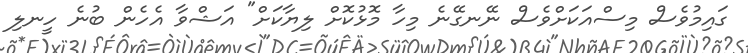
ގައިމުވެސް މިސްއަކަށްވެސް ނޭނގޭނެ މިހާ މޮޅުކޮށް ލިޔާކަށް" އަޝްވާ އެހެން ބުނެ ހީނލި